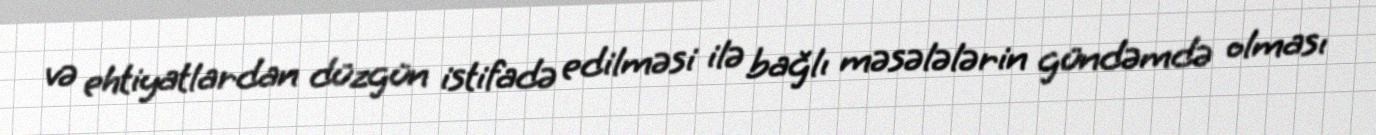
və ehtiyatlardan düzgün istifadə edilməsi ilə bağlı məsələlərin gündəmdə olması